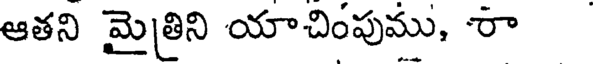
ఆతని మైతిని యాచింపుము, శా